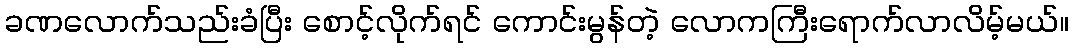
ခဏလောက်သည်းခံပြီး စောင့်လိုက်ရင် ကောင်းမွန်တဲ့ လောကကြီးရောက်လာလိမ့်မယ်။